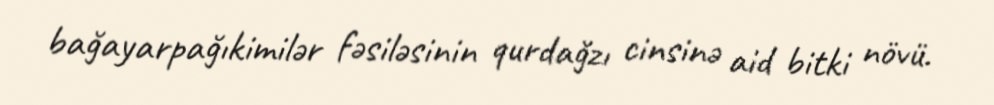
bağayarpağıkimilər fəsiləsinin qurdağzı cinsinə aid bitki növü.